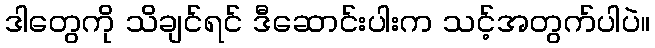
ဒါတွေကို သိချင်ရင် ဒီဆောင်းပါးက သင့်အတွက်ပါပဲ။